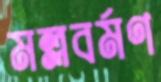
মল্লবর্মণ